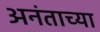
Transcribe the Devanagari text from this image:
अनंताच्या